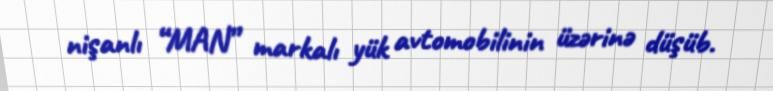
nişanlı “MAN” markalı yük avtomobilinin üzərinə düşüb.